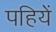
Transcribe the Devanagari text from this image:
पहियें